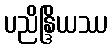
ပညိန္ဒြိယဿ